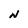
Character: N